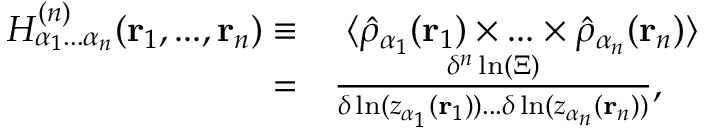
\begin{array} { r l } { H _ { \alpha _ { 1 } . . . \alpha _ { n } } ^ { ( n ) } ( \mathbf { r } _ { 1 } , . . . , \mathbf { r } _ { n } ) \equiv } & { \ \langle \hat { \rho } _ { \alpha _ { 1 } } ( \mathbf { r } _ { 1 } ) \times . . . \times \hat { \rho } _ { \alpha _ { n } } ( \mathbf { r } _ { n } ) \rangle } \\ { = } & { \frac { \delta ^ { n } \ln ( \Xi ) } { \delta \ln ( z _ { \alpha _ { 1 } } ( \mathbf { r } _ { 1 } ) ) . . . \delta \ln ( z _ { \alpha _ { n } } ( \mathbf { r } _ { n } ) ) } , } \end{array}